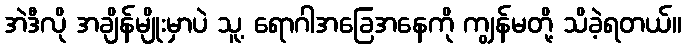
အဲဒီလို အချိန်မျိုးမှာပဲ သူ့ ရောဂါအခြေအနေကို ကျွန်မတို့ သိခဲ့ရတယ်။